Report on vaccination in Madras 1895-1903 - 1895-1903
Year: 1895
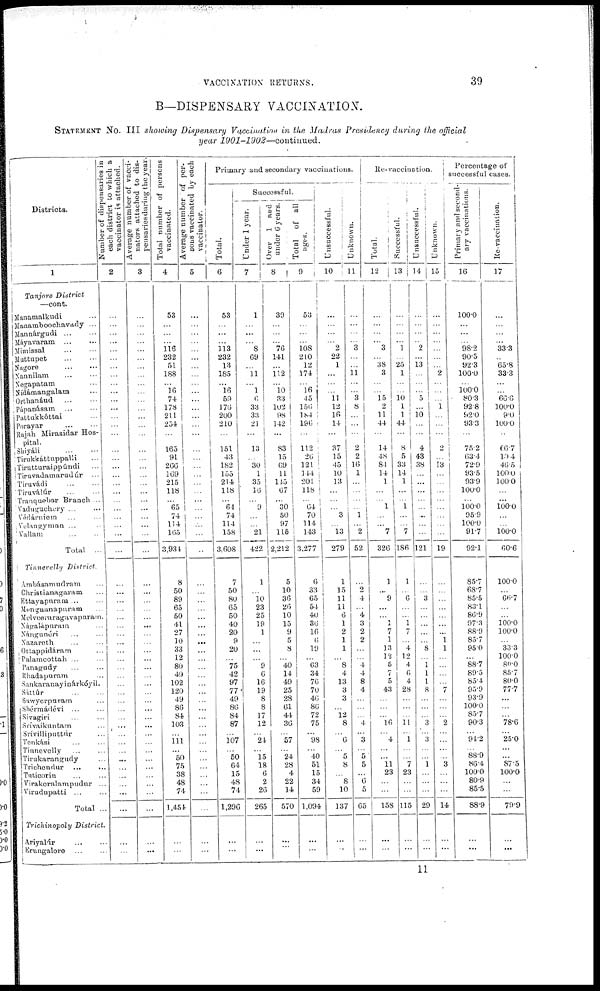
VACCINATION RETURNS.
39
B—DISPENSARY VACCINATION.
STATEMENT No. III showing Dispensary Vaccination in the Madras Presidency during the official
year
1901-1902—continued.
Districts.
1
Tanjore
District
—cont.
Manamalkudi ...
Manamboochavady ...
Mannárgudi
...
...
Máyavaram
...
...
Mimissal
...
...
Muttupet ... ...
Nagore ... ...
Nannilam ... ...
Negapatam ...
Nídámangalam ...
Orthanáud
...
...
Pápanásam ... ...
Pattukkóttai ...
Porayar
...
...
Rajah Mirasidar Hos-
pital.
Shiyáli ... ...
Tirukkattuppalli ...
Tirutturaippúndi ...
Tiruvadamarudúr ...
Tiruvádi
...
...
Tiruválúr ... ...
Tranquebar Branch ...
Vaduguchery ... ...
Védárniem ... ...
Velangyman ... ...
Vallam ... ...
Total ...
Tinnevelly
District.
Ambásamudram ...
Christianagaram ...
Ettayapuram ... ...
Mengnanapuram ...
Melveeraragavapuram.
Nápalápuram ...
Nángunéri ... ...
Nazareth ... ...
Ottappidáram ...
Palamcottah ... ...
Panagudy ... ...
Rhadapuram ...
Sankaranayinárkóyil.
Sáttúr
...
...
Sawyerpuram ...
Shérmádévi ... ...
Sivagiri ... ...
Srivaikuntam ...
Srivilliputtúr ...
Tenkási ... ...
Tinnevelly ... ...
Tirukarangudy ...
Trichendur ... ...
Tuticorin ... ...
Virakeralampudur ...
Virudupatti ... ...
Total ...
Trichinopoly
District.
Ariyalúr ... ...
Erungalore
...
...
Number of dispensaries in
each district to which a
vaccinator in attached.
2
...
...
... ...
...
...
...
...
... ...
...
...
...
...
...
...
...
...
...
...
...
...
...
...
...
...
...
...
...
...
...
...
...
... ...
...
...
...
...
...
...
...
...
... ...
...
...
... ...
...
... ...
...
...
...
...
Average number of vacci-
nators attached to dis-
pensaries during the year.
3
...
...
...
... ...
...
...
...
...
...
...
...
...
...
...
...
...
...
...
... ...
... ...
...
...
...
...
...
...
...
...
... ...
...
...
... ...
...
...
...
... ...
...
... ...
...
...
...
...
...
... ...
...
...
...
...
Total number of persons
vaccinated.
4
53
...
...
... 116
232
51
188
... 16
74
178
211
254
...
165
91
266
169
215
118
... 65
74
114
165
3,934
8
50
89
65
50
41
27
10
33
12
80
49
102
120
49
86
84
103
... 111
... 50
75
38
48
74
1,451
...
...
Average number of per-
sons vaccinated by each
vaccinator.
5
...
...
...
... ...
...
...
...
...
...
...
...
...
...
...
...
...
...
...
...
...
...
... ...
...
...
...
...
...
...
...
...
... ...
...
...
...
...
...
...
...
...
...
...
...
...
...
...
...
...
...
...
...
...
...
...
Primary and secondary vaccinations.
Total.
6
53
... ...
... 113
232
13
185
... 16
59
176
200
210
...
151
43
182
155
214
118
... 64
74
114
158
3,608
7
50
80
65
50
40
20
9
20
... 75
42
97
77
49
86
84
87
... 107
... 50
64
15
48
74
1,296
...
...
Successful.
Under 1 year.
7
1
... ...
... 8
69
... 11
... 1
6
33
33
21
...
13
... 30
1
35
16
... 9
...
... 21
422
1
... 10
23
25
19
1
...
...
... 9
6
16
19
8
8
17
12
... 24
... 15
18
6
2
26
265
...
...
Over 1 and
under 6 years.
8
39
...
...
... 76
141
... 112
... 10
33
102
98
142
...
83
15
69
11
115
67
...
30
50
97
115
2,212
5
10
36
26
10
15
9
5
8
... 40
14
49
25
28
61
44
36
... 57
... 24
28
4
22
14
570
...
...
Total
of all
ages.
9
53
...
...
... 108
210
12
174
... 16
45
156
184
196
...
112
26
121
144
201
118
...
64
70
114
143
3,277
6
33
65
54
40
36
16
6
19
... 63
34
76
70
46
86
72
75
... 98
... 40
51
15
34
59
1,094
...
...
Unsuccessful.
10
...
...
...
... 2
22
1
...
...
... 11
12
16
14
...
37
15
45
10
13
...
...
... 3
... 13
279
1
15 11
11
6
1
2
1
1
... 8
4
13
3
3
... 12
8
... 6
... 5
8
... 8
10
137
...
...
Unknown.
11
...
... ...
... 3
...
...
11
...
... 3
8
...
...
...
2
2
16
1
...
...
...
... 1
... 2
52
...
2
4
... 4
3
2
2
...
... 4
4
8
4
...
...
... 4
... 3
... 5
5
... 6
5
65
...
...
Re-vaccination.
Total.
12
...
... ...
... 3
... 38
3
...
... 15
2
11
44
...
14
48
84
14
1
...
... 1
...
... 7
326
1
...
9
...
... 1
7
1
13
12
5
7
5
43
...
...
... 16
... 4
...
... 11
23
...
...
158
...
...
Successful.
13
...
...
...
... 1
... 25
1
...
... 10
1
1
44
...
8
5
33
14
1
...
... 1
...
... 7
186
1
... 6
...
... 1
7
... 4
12
4
6
4
28
...
...
... 11
... 1
...
... 7
23
...
...
115
...
...
Unsuccessful.
14
...
...
...
... 2
... 13
...
...
... 5
...
10
...
...
4
43
38
... ...
...
...
... ...
...
...
121
...
... 3
...
...
...
...
... 8
...
1 1
1
8
...
...
... 3
... 3
...
...
1
...
...
...
29
...
...
Unknown.
15
...
...
...
... ...
...
... 2
... ...
...
1
...
... ...
2
... 13
...
...
...
...
...
...
...
...
19
...
...
...
...
...
... ...
1
1
...
...
...
...
7
...
...
... 2
...
... ...
... 3
...
...
...
14
...
...
Percentage of
successful cases.
Primary and second-
ary vaccinations.
16
100.0
...
...
... 98.2
90.5
92.3
100.0
... 100.0
80.3
92.8
92.0
93.3
...
75.2
63.4
72.9
93.5
93.9
100.0
... 100.0
95.9
100.0
91.7
92.1
85.7
68.7
85.5
83.1
86.9
97.3
88.9
85.7
95.0
... 88.7
89.5
85.4
95.9
93.9
100.0
85.7
90.3
... 91.2
... 88.9
86.4
100.0
80.9
85.5
88.9
...
...
Re-vaccination.
17
...
...
...
... 33.3
... 65.8
33.3
...
... 66.6
100.0
9.0
100.0
...
66.7
10.4
46.5
100.0
100.0
... ...
100.0
...
... 100.0
60.6
100.0
... 66.7
...
... 100.0
100.0
... 33.3
100.0
80.0
85.7
80.0
77.7
...
...
... 78.6
... 25.0
...
...
87.5
100.0
...
...
79.9
...
...
11